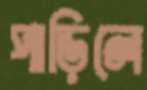
পাড়িলে